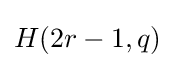
H(2r-1,q)